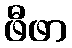
ဖီဖာ